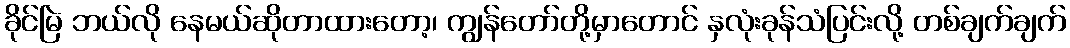
ခိုင်မြဲ ဘယ်လို နေမယ်ဆိုတာထားတော့၊ ကျွန်တော်တို့မှာတောင် နှလုံးခုန်သံပြင်းလို့ တစ်ချက်ချက်